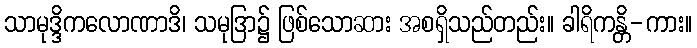
သာမုဒ္ဒိကလောဏာဒိ၊ သမုဒြာ၌ ဖြစ်သောဆား အစရှိသည်တည်း။ ခါရိကန္တိ-ကား။